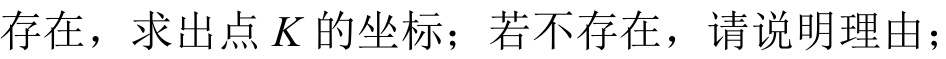
存在，求出点\(K\)的坐标；若不存在，请说明理由；